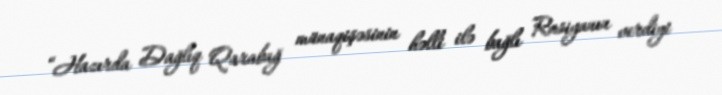
“Hazırda Dağlıq Qarabağ münaqişəsinin həlli ilə bağlı Rusiyanın verdiyi